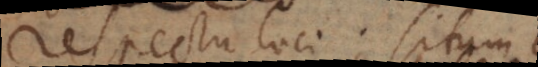
Respectu loci; situm